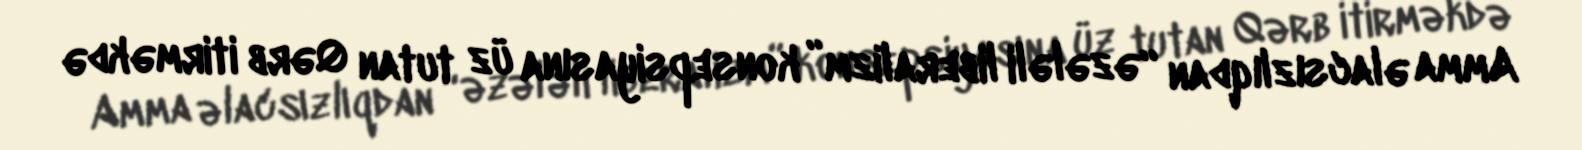
Amma əlacsızlıqdan “əzələli liberalizm” konsepsiyasına üz tutan Qərb itirməkdə